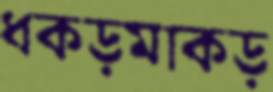
ধকড়মাকড়